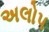
અલોપ